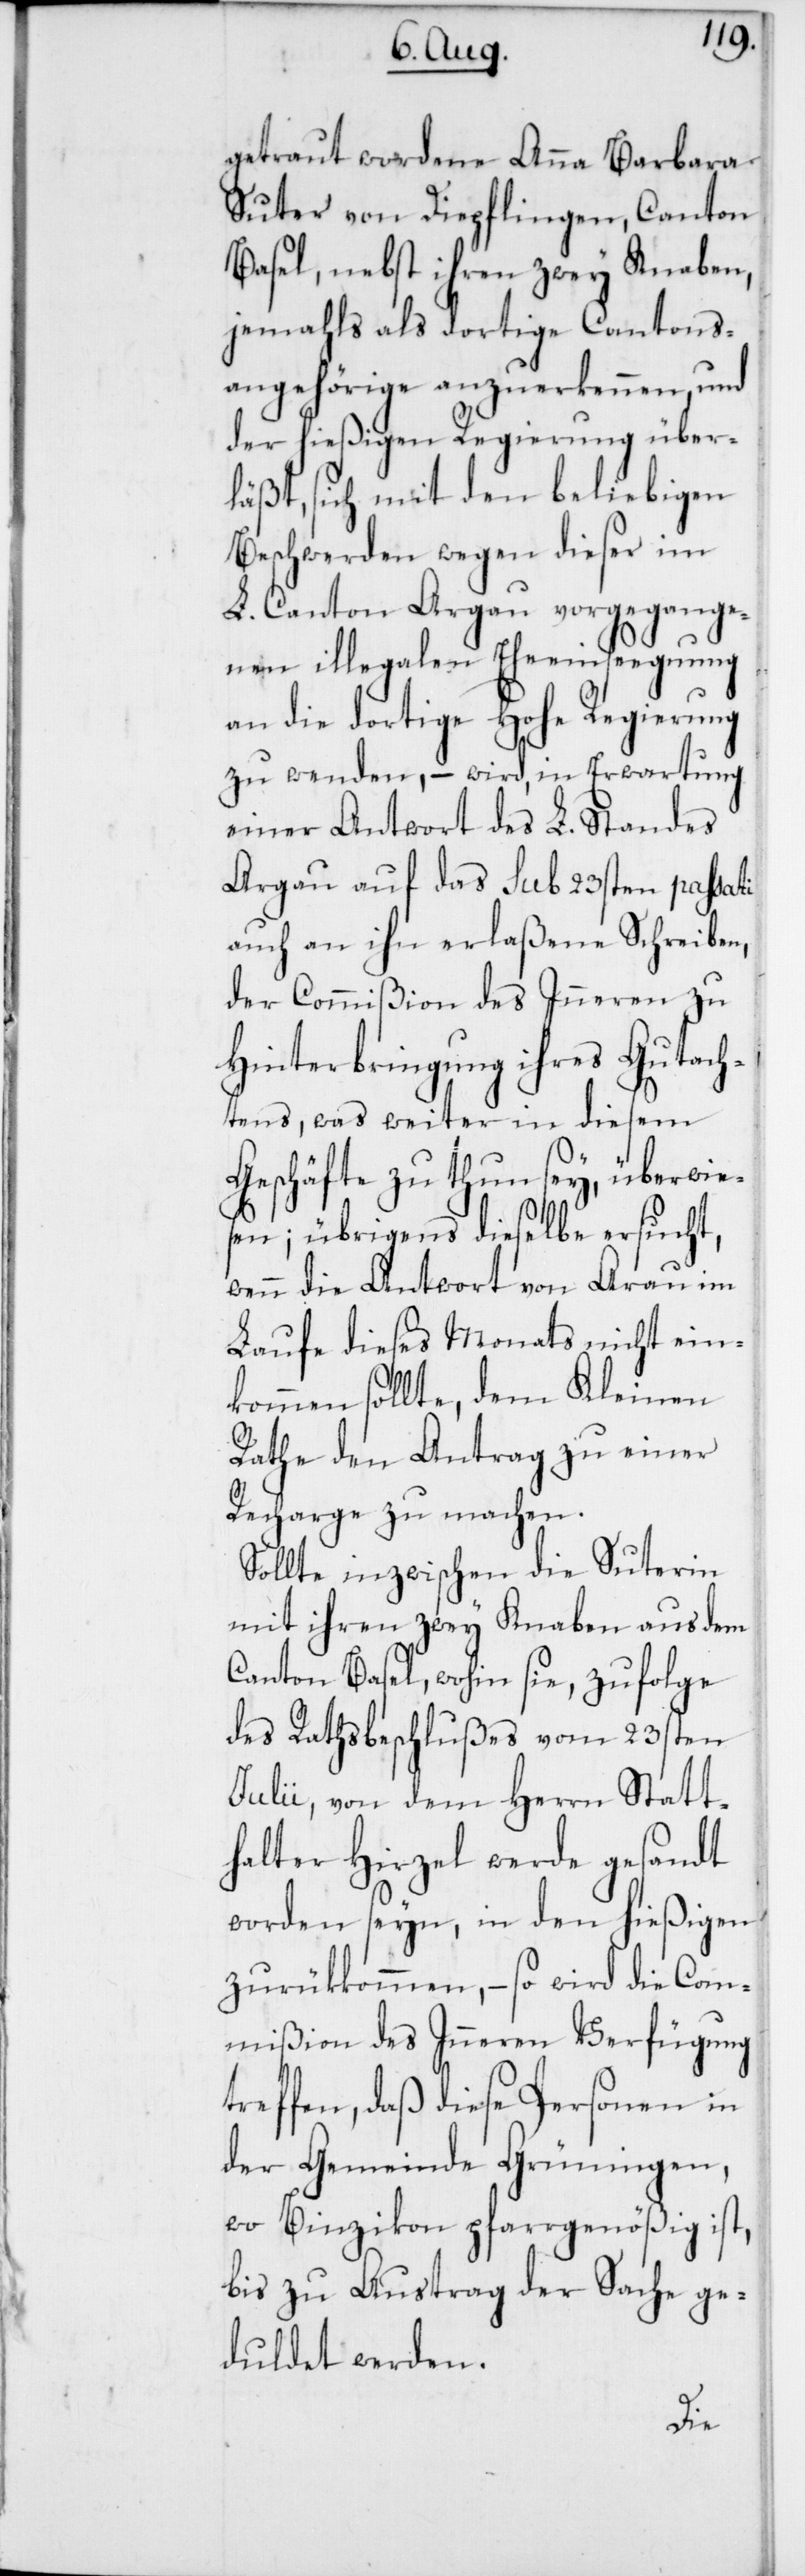
getraut wordene Anna Barbara
Suter von Diepflingen, Canton
Basel, nebst ihren zwey Knaben,
jemahls als dortige Cantons¬
angehörige anzuerkennen, und
der hießigen Regierung über¬
läßt, sich mit dem beliebigen
Beschwerden wegen dieser im
L. Canton Argau vorgegange¬
nen illegalen Eheeinsegnung
an die dortige Hohe Regierung
zu wenden, – wird, in Erwartung
einer Antwort des L. Standes
Argau auf das sub 23sten passati
auch an ihn erlaßene Schreiben,
der Commißion des Inneren zu
Hinterbringung ihres Gutach¬
tens, was weiter in diesem
Geschäfte zu thun sey, überwies¬
en; übrigens dieselbe ersucht,
wenn die Antwort von Arau im
Laufe dieses Monats nicht ein¬
kommen sollte, dem Kleinen
Rathe den Antrag zu einer
Recharge zu machen.
Sollte inzwischen die Suterin
mit ihren zwey Knaben aus dem
Canton Basel, wohin sie zufolge
des Rathsbeschlußes vom 23sten
Julii, von dem Herrn Statt¬
halter Hirzel werde gesandt
worden seyn, in den hießigen
zurükkommen, – so wird die Com¬
mißion des Inneren Verfügung
treffen, daß diese Personen in
der Gemeinde Grüningen,
wo Binzikon pfarrgenößig ist,
bis zu Austrag der Sache ge¬
duldet werden.